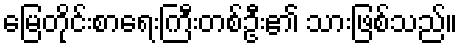
မြေတိုင်းစာရေးကြီးတစ်ဦး၏ သားဖြစ်သည်။